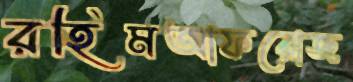
রহিমআফরোজ